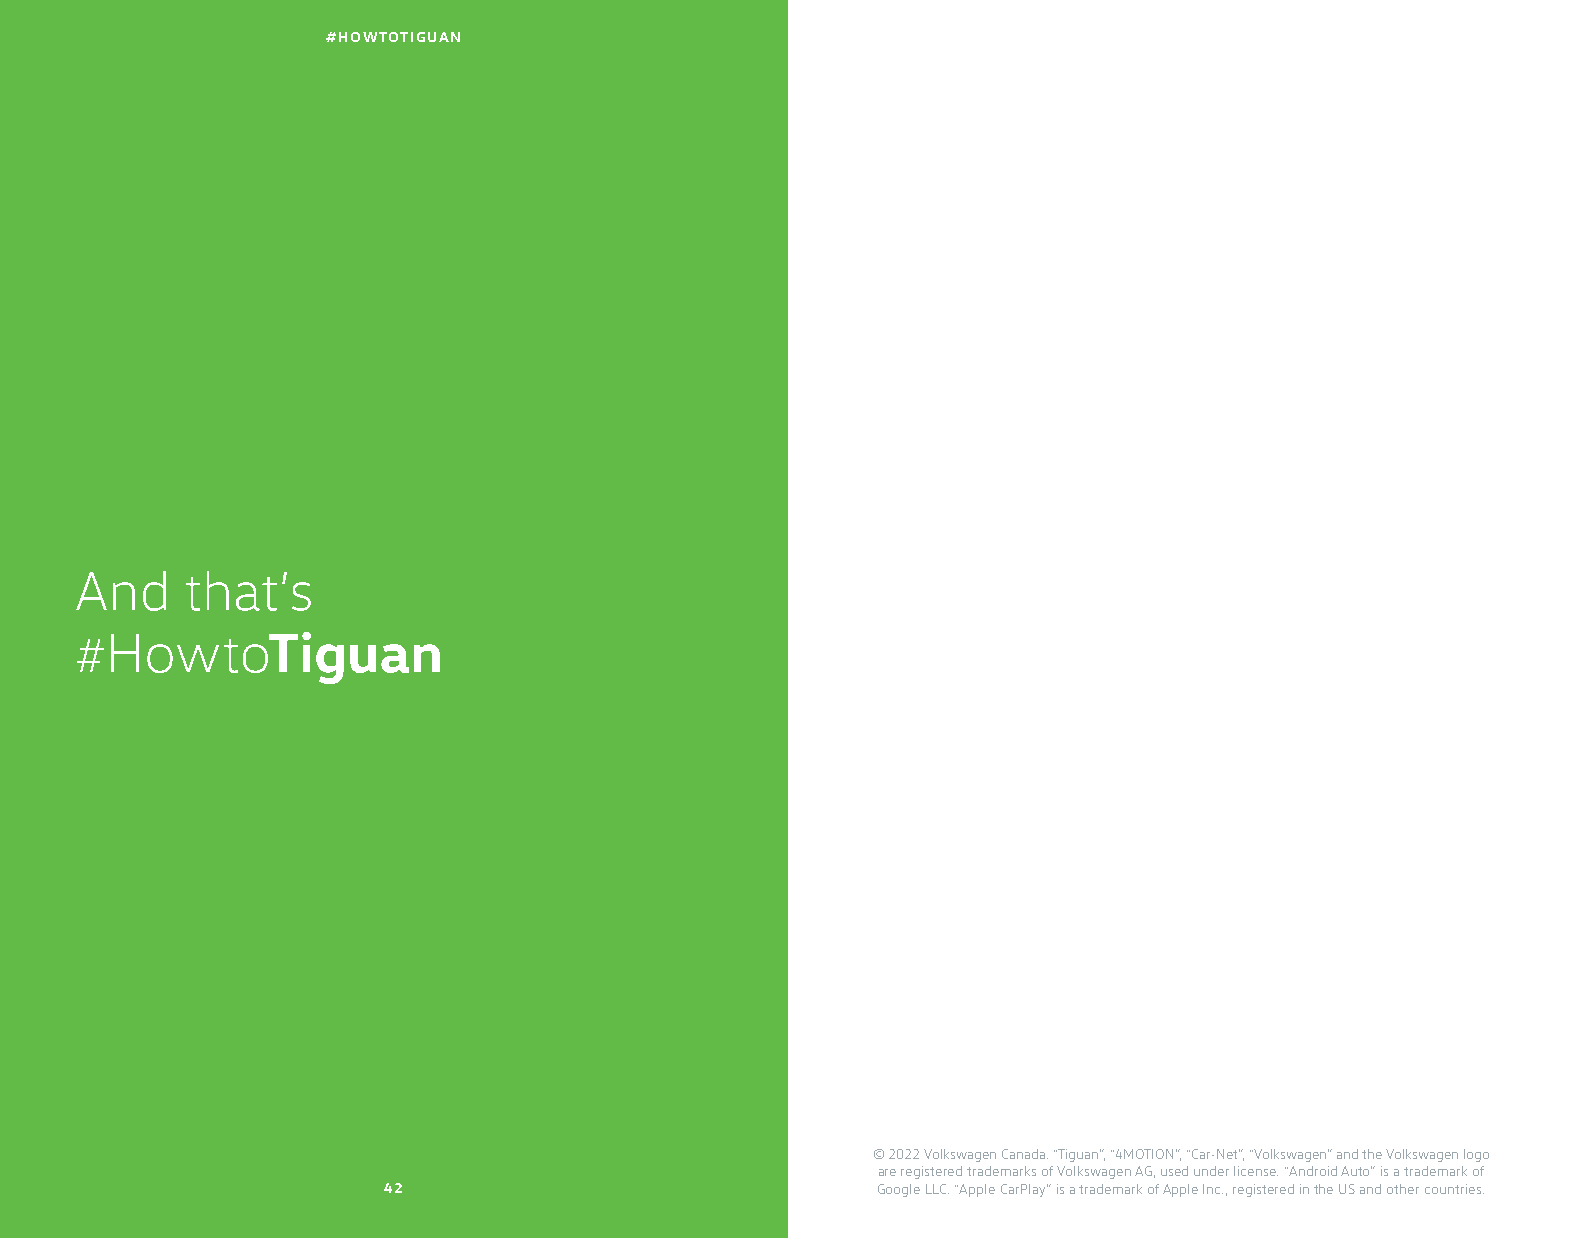
#HOWTOTIGUAN
 And    that’s
 HowtoTiguan
 #
 © 2022 Volkswagen Canada. “Tiguan”, “4MOTION”, “Car-Net”, “Volkswagen” and the Volkswagen logo
 are registered trademarks of Volkswagen AG, used under license. “Android Auto” is a trademark of
 42                               Google LLC. “Apple CarPlay” is a trademark of Apple Inc., registered in the US and other countries.
 00